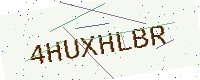
Text: 4HUXHLBR